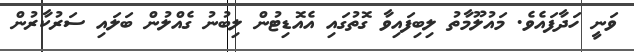
ވަނީ ހަދާފައެވެ. މައުލޫމާތު ލިބިފައިވާ ގޮތުގައި އެއޮޑިޓުން ލިބުނު ގެއްލުން ބަލައި ސަރުކާރުން